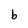
Character: b